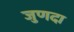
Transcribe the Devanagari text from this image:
जुणदा